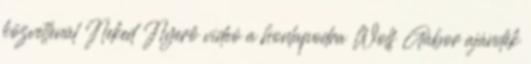
közvetlenül Neked Nyerő videó a honlapodra Wolf Gábor ajándék